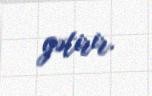
gətirir.